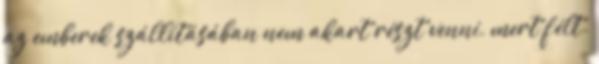
az emberek szállításában nem akart részt venni, mert félt.